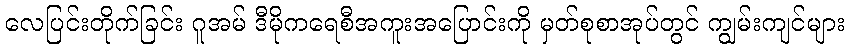
လေပြင်းတိုက်ခြင်း ဂူအမ် ဒီမိုကရေစီအကူးအပြောင်းကို မှတ်စုစာအုပ်တွင် ကျွမ်းကျင်များ